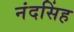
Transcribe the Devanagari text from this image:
नंदसिंह